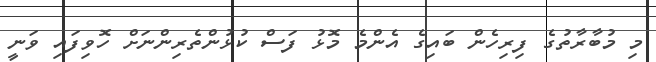
މި މުބާރާތުގެ ފިރިހެން ބައިގެ އެންމެ މޮޅު ފަސް ކުޅުންތެރިންނަށް ހޮވިފައި ވަނީ